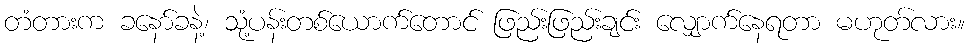
တံတားက ခနော်ခနဲ့၊ သုံ့ပန်းတစ်ယောက်တောင် ဖြည်းဖြည်းချင်း လျှောက်နေရတာ မဟုတ်လား။